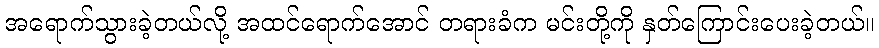
အရောက်သွားခဲ့တယ်လို့ အထင်ရောက်အောင် တရားခံက မင်းတို့ကို နှတ်ကြောင်းပေးခဲ့တယ်။